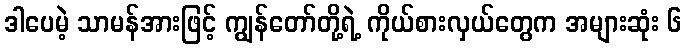
ဒါပေမဲ့ သာမန်အားဖြင့် ကျွန်တော်တို့ရဲ့ ကိုယ်စားလှယ်တွေက အများဆုံး ၆